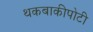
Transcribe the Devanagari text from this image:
थकबाकीपोटी